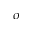
\sigma